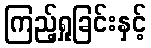
ကြည့်ရှုခြင်းနှင့်